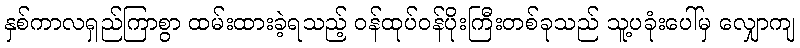
နှစ်ကာလရှည်ကြာစွာ ထမ်းထားခဲ့ရသည့် ဝန်ထုပ်ဝန်ပိုးကြီးတစ်ခုသည် သူ့ပခုံးပေါ်မှ လျှောကျ